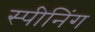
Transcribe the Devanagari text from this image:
स्पीनिंग